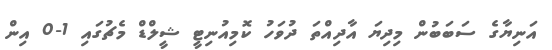
އަނިޔާގެ ސަބަބުން މިދިޔަ އާދިއްތަ ދުވަހު ކޮމިއުނިޓީ ޝީލްޑް މެޗުގައި 1-0 އިން